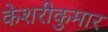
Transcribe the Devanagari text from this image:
केशरीकुमार